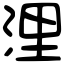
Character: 浬